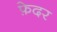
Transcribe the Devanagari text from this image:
फ़ेदर